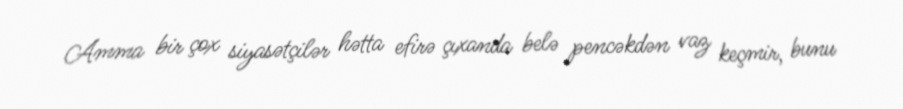
Amma bir çox siyasətçilər hətta efirə çıxanda belə pencəkdən vaz keçmir, bunu